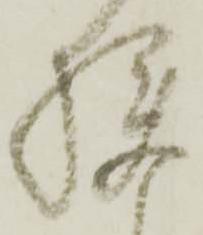
狭